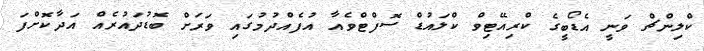
ކްލިންޗް ވަނީ އެޑޯބީގެ ކްރިއޭޓިވް ކްލައުޑް ސޮފްޓްވެއާ އުފެއްދުމުގައި ވަރަށް ބޮޑުދައުރެއް އަދާކޮށްފަ